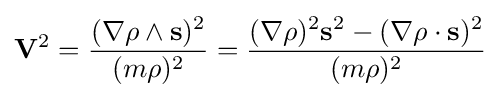
\mathbf {V} ^{2}={\frac {(\nabla \rho \land \mathbf {s} )^{2}}{(m\rho )^{2}}}={\frac {(\nabla \rho )^{2}\mathbf {s} ^{2}-(\nabla \rho \cdot \mathbf {s} )^{2}}{(m\rho )^{2}}}